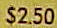
$2.50